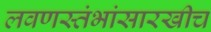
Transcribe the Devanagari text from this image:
लवणस्तंभांसारखीच